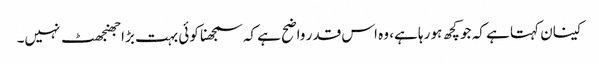
کینان کہتا ہے کہ جو کچھ ہو رہا ہے، وہ اس قدر واضح ہے کہ سمجھنا کوئی بہت بڑا جھنجھٹ نہیں۔